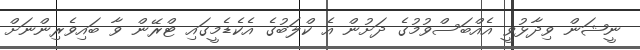
ނީޝަން ވިދާޅުވީ އެއްބަސްވުމުގެ ދަށުން އެ ކްލަބުގެ އެކެޑެމީގައި ޓްރޭން ވާ ބައިވެރިންނަށް